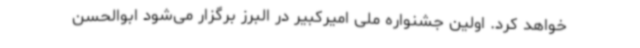
خواهد کرد. اولین جشنواره ملی امیرکبیر در البرز برگزار می‌شود ابوالحسن